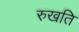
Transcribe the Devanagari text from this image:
रुखति